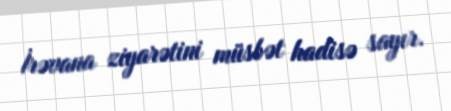
İrəvana ziyarətini müsbət hadisə sayır.